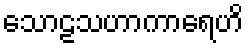
သောဠသဟာကာရေဟိ